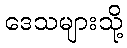
ဒေသများသို့